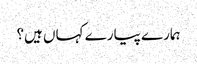
ہمارے پیارے کہاں ہیں؟